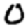
Digit: 0